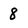
Character: 8